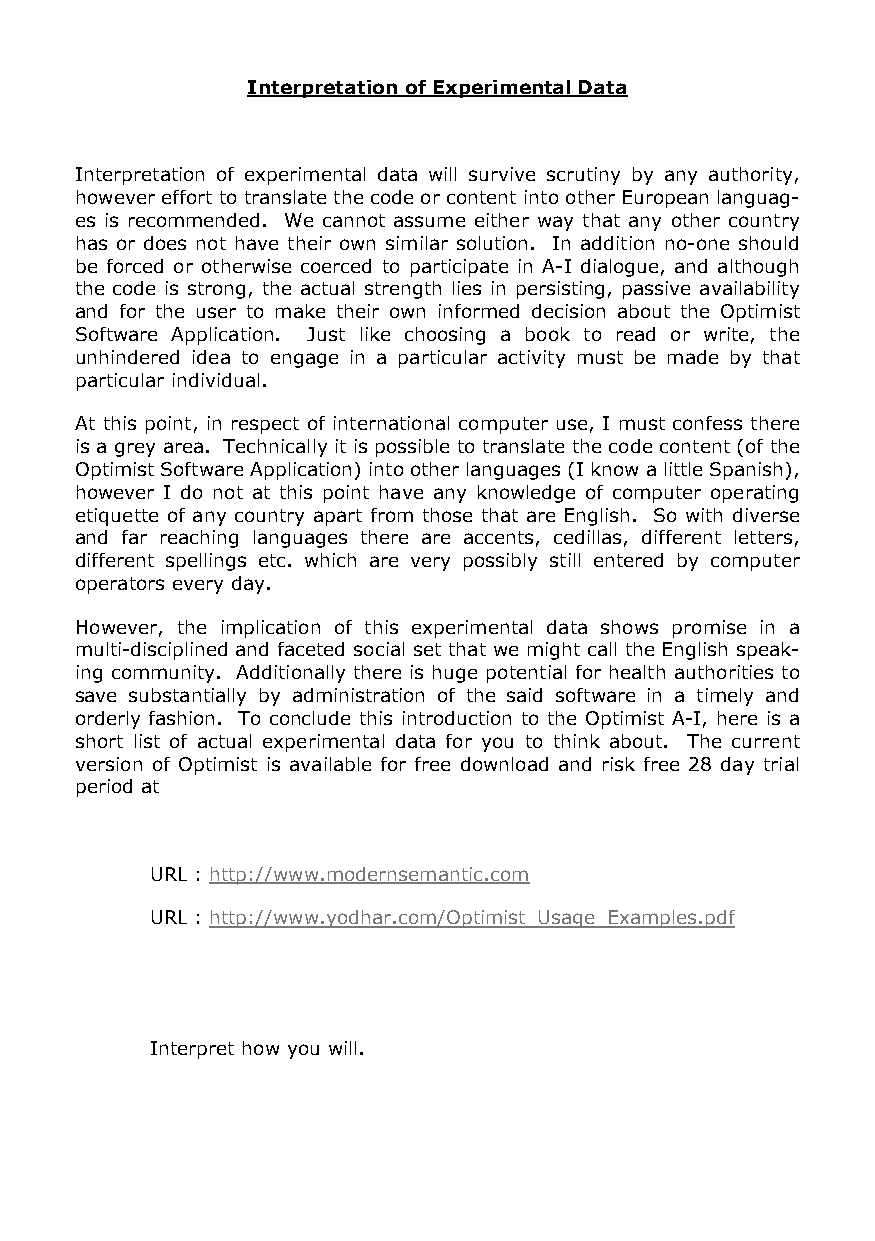
Interpretation of Experimental Data
 Interpretation of experimental data will survive scrutiny by any authority,
 however effort to translate the code or content into other European languag-
 es is recommended. We cannot assume either way that any other country
 has or does not have their own similar solution. In addition no-one should
 be forced or otherwise coerced to participate in A-I dialogue, and although
 the code is strong, the actual strength lies in persisting, passive availability
 and for the user to make their own informed decision about the Optimist
 Software Application. Just like choosing a book to read or write, the
 unhindered idea to engage in a particular activity must be made by that
 particular individual.
 At this point, in respect of international computer use, I must confess there
 is a grey area. Technically it is possible to translate the code content (of the
 Optimist Software Application) into other languages (I know a little Spanish),
 however I do not at this point have any knowledge of computer operating
 etiquette of any country apart from those that are English. So with diverse
 and far reaching languages there are accents, cedillas, different letters,
 different spellings etc. which are very possibly still entered by computer
 operators every day.
 However, the implication of this experimental data shows promise in a
 multi-disciplined and faceted social set that we might call the English speak-
 ing community. Additionally there is huge potential for health authorities to
 save substantially by administration of the said software in a timely and
 orderly fashion. To conclude this introduction to the Optimist A-I, here is a
 short list of actual experimental data for you to think about. The current
 version of Optimist is available for free download and risk free 28 day trial
 period at
 URL : http://www.modernsemantic.com
 URL : http://www.yodhar.com/Optimist_Usage_Examples.pdf
 Interpret how you will.